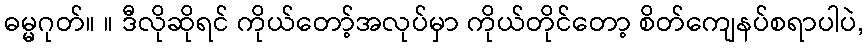
ဓမ္မဂုတ်။ ။ ဒီလိုဆိုရင် ကိုယ်တော့်အလုပ်မှာ ကိုယ်တိုင်တော့ စိတ်ကျေနပ်စရာပါပဲ,